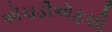
ઍચડીઍફસી